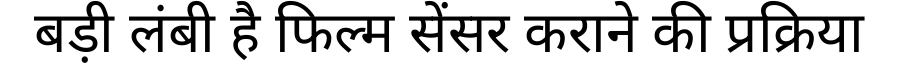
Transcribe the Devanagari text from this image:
बड़ी लंबी है फिल्म सेंसर कराने की प्रक्रिया